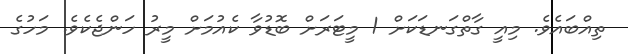
ތިއްބައެވެ. މިއީ ގާތްގަނޑަކަށް 1 މީޓަރަށް ބޮޑުވާ ކެއުމަށް މީރު ހަންޖެކެވެ. މަހުގެ